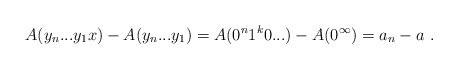
\begin{align*}A(y_n...y_1x) - A(y_n...y_1) = A(0^n1^k0...) - A(0^\infty) = a_n - a \ .\end{align*}